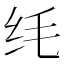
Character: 𫄜